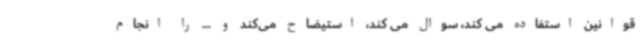
قوانین استفاده می کند، سوال می کند، استیضاح می‌کند و ... را انجام